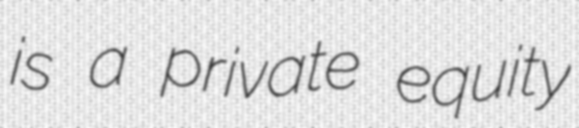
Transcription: is a private equity